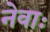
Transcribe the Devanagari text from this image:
नेवाः